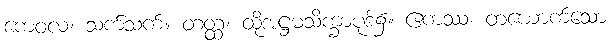
ကေဝလံ၊ သက်သက်။ တတ္ထ၊ ထိုအဋ္ဌမသိက္ခာပုဒ်၌။ ဧကဿ၊ တယောက်သော